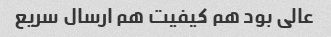
عالی بود هم کیفیت هم ارسال سریع